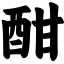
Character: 酣